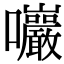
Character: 𡆑